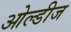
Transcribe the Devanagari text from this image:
ओल्डीज